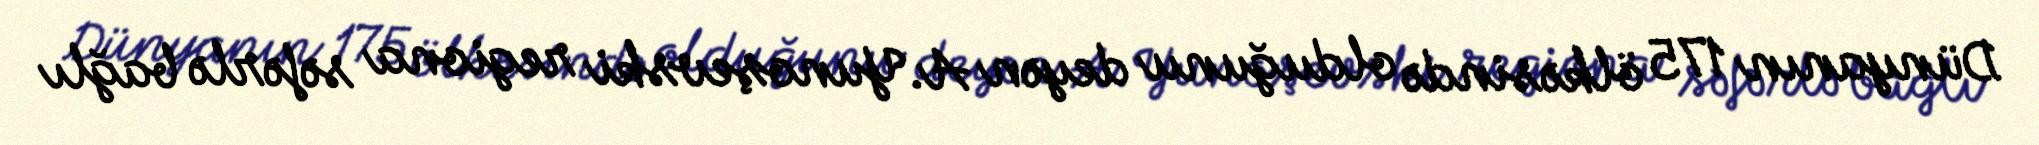
Dünyanın 175 ölkəsində olduğunu deyən A.Yunoşevski regiona səfərlə bağlı